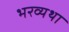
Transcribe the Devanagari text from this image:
भरव्यथा